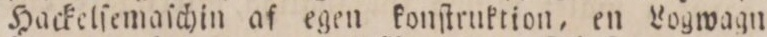
Hackelſemaſchin af egen konſtruktion, en Logwagn